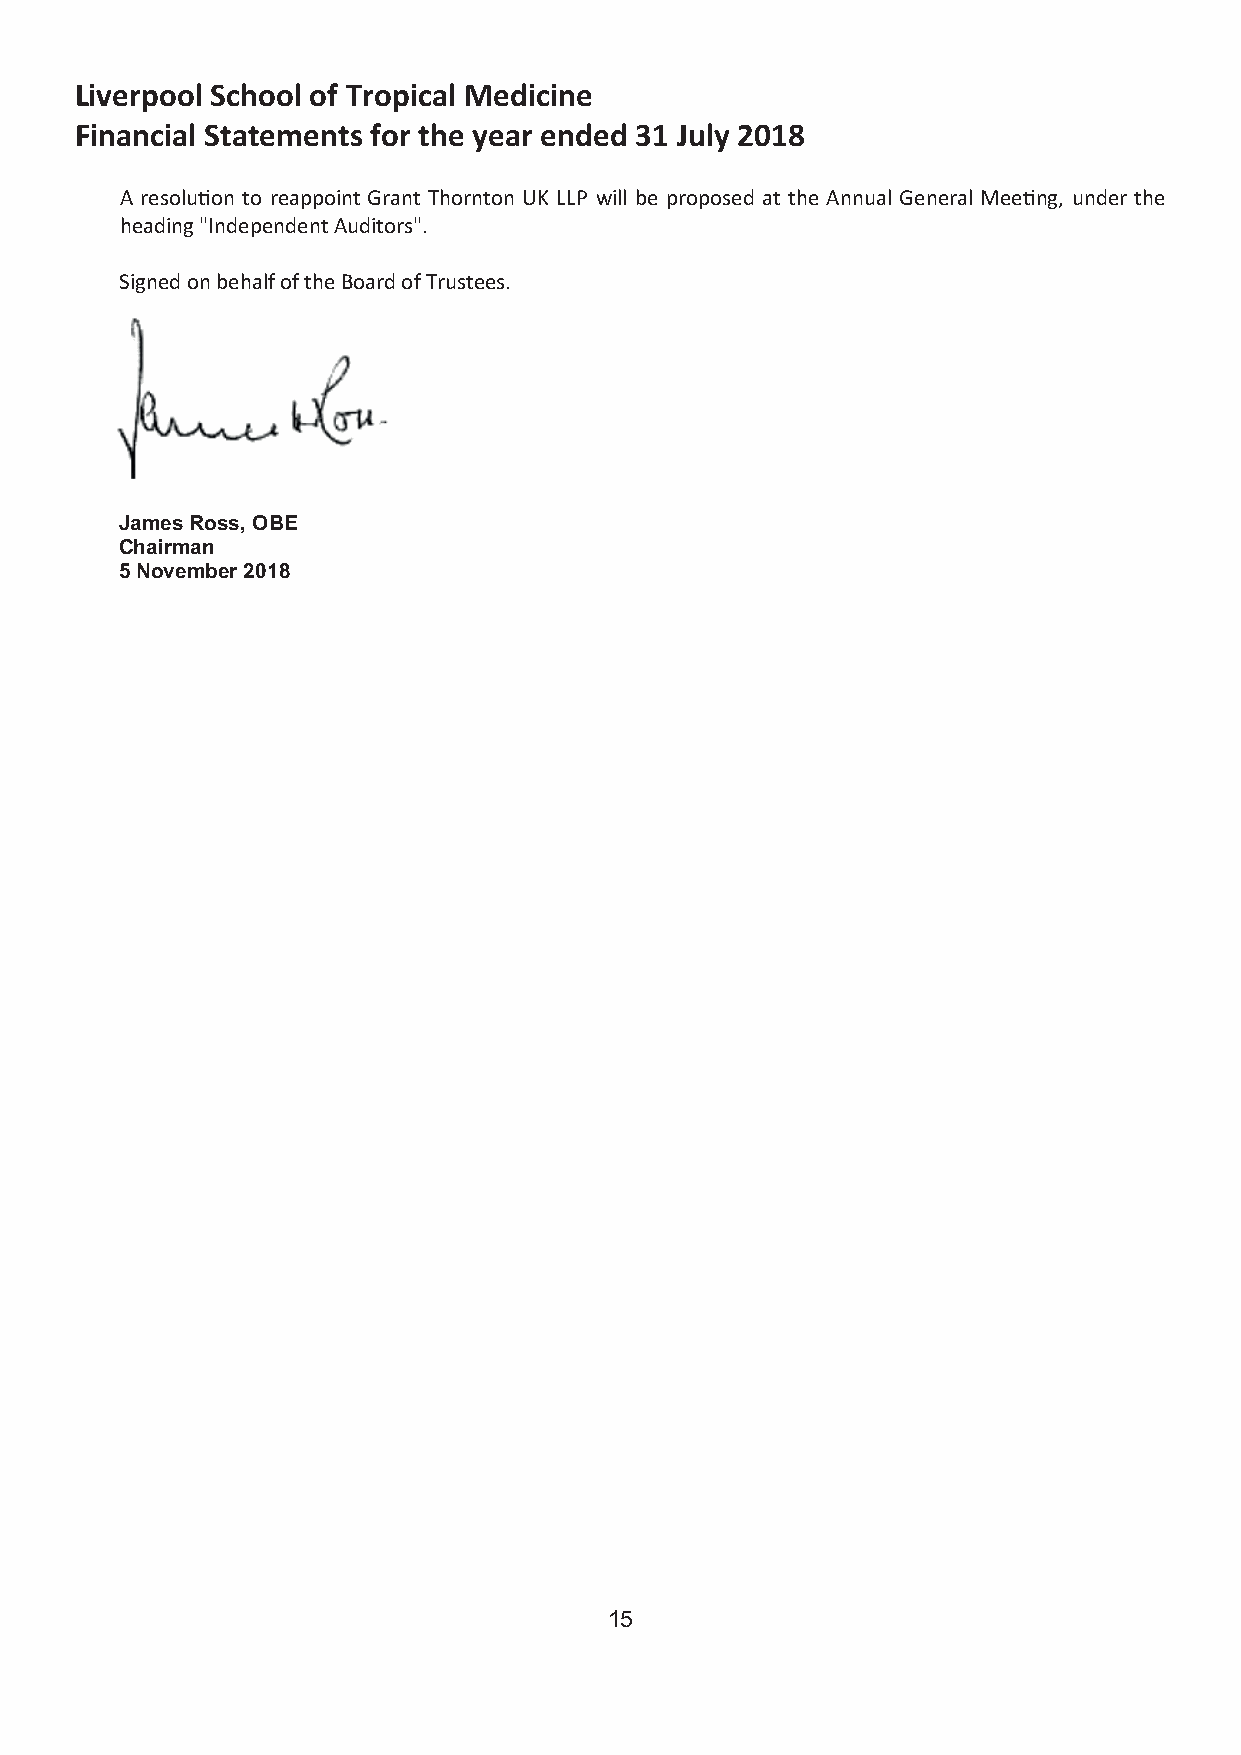
Liverpool School of Tropical Medicine
 Financial Statements for the year ended 31 July 2018
 A resolu(cid:415)on to reappoint Grant Thornton UK LLP will be proposed at the Annual General Mee(cid:415)ng, under the
 heading "Independent Auditors".
 Signed on behalf of the Board of Trustees.
 James Ross, OBE
 Chairman
 5 November 2018
 15